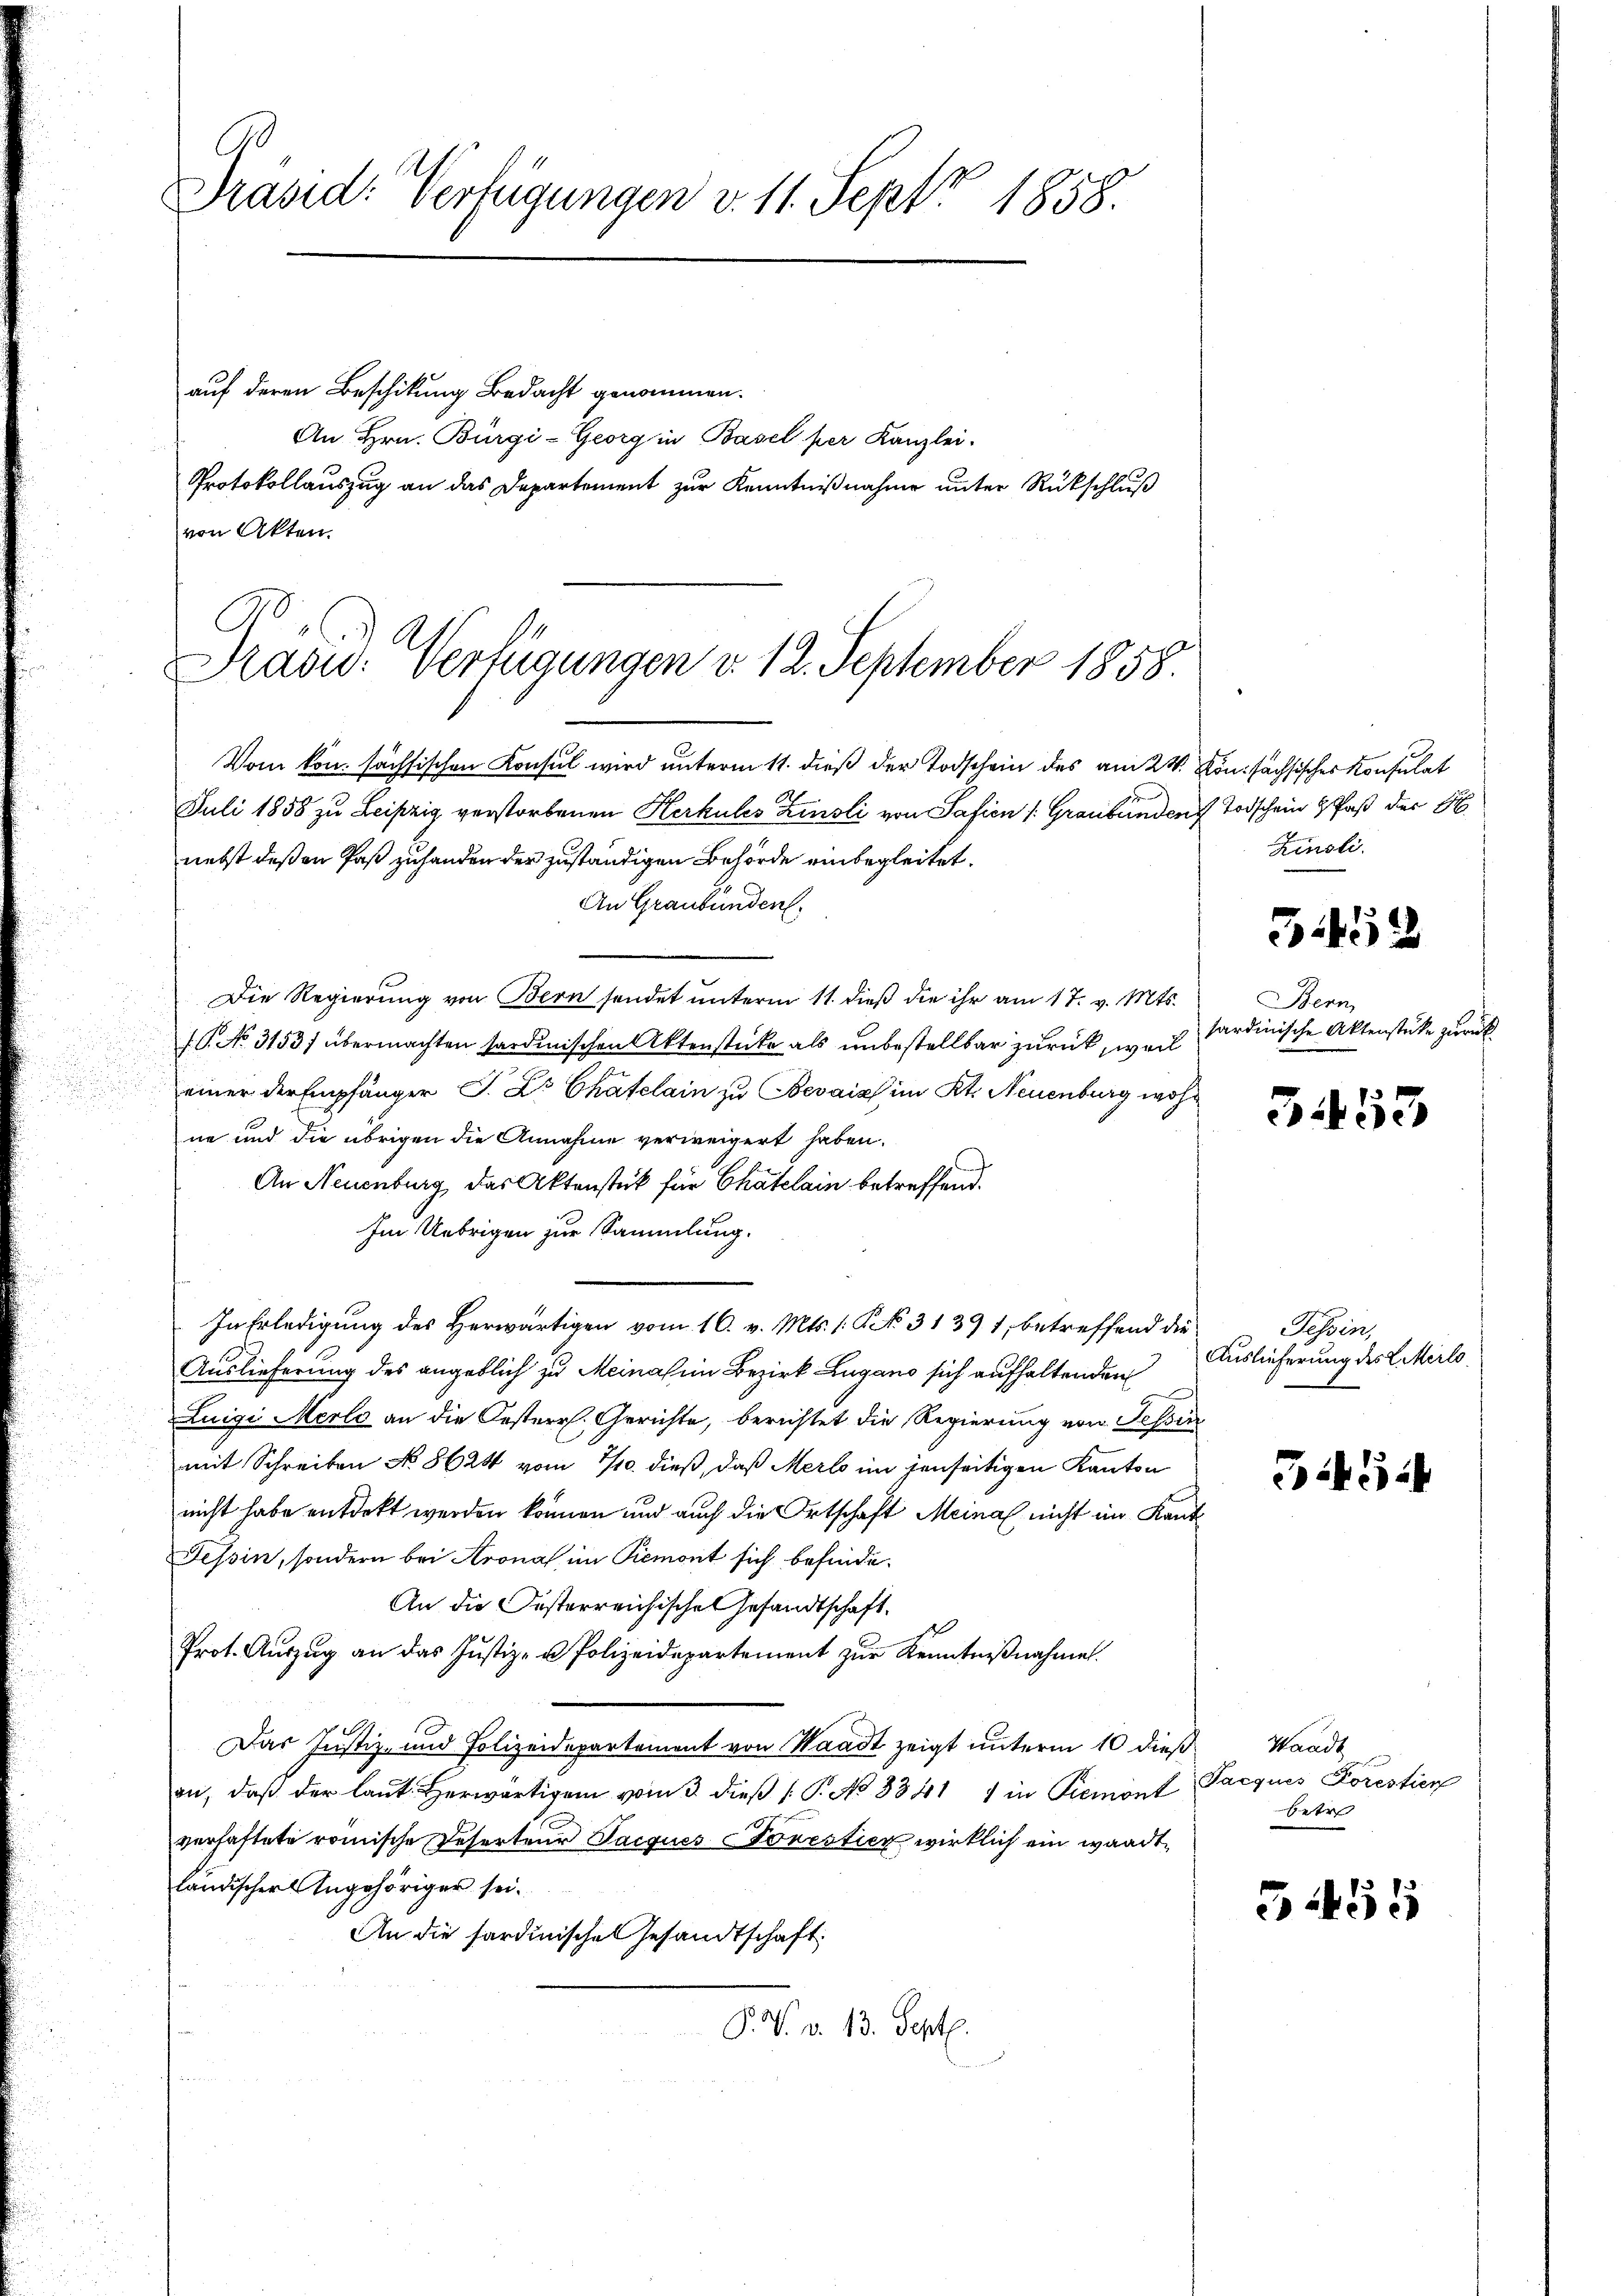
Präsid. Verfügungen v. 11. Sept 1858.

auf deren Beschikung Bedacht genommen.
An Hrn. Bürgi-Georg in Basel per Kanzlei.
Protokollauszug an das Departement zur Kenntnißnahme unter Rückschluß
von Akten.

Präsid. Verfügungen v. 12. September 1858.

Vom kon. sächsischen Konsul wird unterm 11. dieß der Todschein des am 24. Von sächsisches Konsulat
Juli 1858 zu Leipzig verstorbenen Herkules Küsli von Safien (Graubünden Todschein Paß der S
nebst deßen Paß zuhanden der zuständigen Behörde einbegleitet.
An Graubünden.
Die Regierung von Bern sendet unterm 11. dieß die ihr am 17. v. Mts.
1 No 31537 übermachten stardinischen Aktenstücke als unbestellbar zurück, weil
einer der Empfänger J. Dr Chatelain zu Bevais im Kt. Neuenburg wohne und die übrigen die Annahme verweigert haben.
An Neuenburg, das Aktenstück für Chatelain betreffend.
Im Uebrigen zur Sammlung.
In Erledigung des Herwärtigen vom 16. v. Mts. 1. No. 3139 1, betreffend die
Auslieferung des angeblich zu Meinahen Bezirk Lugano sich aufhaltenden
Luigi Merlo an die Oesterr. Gerichte, berichtet die Regierung von Tessin
mit Schreiben No 862 vom 1/10. dieß, daß Merl im jenseitigen Kanton
nicht habe entdeckt werden können und auch die Ortschaft Meinal nicht im Kant
Tessin, sondern bei Krona im Piemont sich befinde.
An die Oesterreichische Gesandtschaft.
st
Prot. Auszug an das Justiz- u Polizeidepartement zur Kenntnißnahme.
Das Justiz- und Polizeidepartement von Waadt zeigt unterm 10 dieß. Waadt
on, daß der laut. Herwärtigen vom 3. dieß ( P. No 8841 1 in Piemont
verhaftete römische Reserteur Jacques Torestier wirklich ein wandtländischer Angehöriger sei.
An die Fardinischen Gesandtschaft
P. V. v. 13. Sept.

Zinsli

51452

Bern
sardinische Aktenstücke zurück

31433

Tessin,
Auslieferung des Literlo

3454

Pacques Forestier
betr

5455